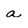
Character: a